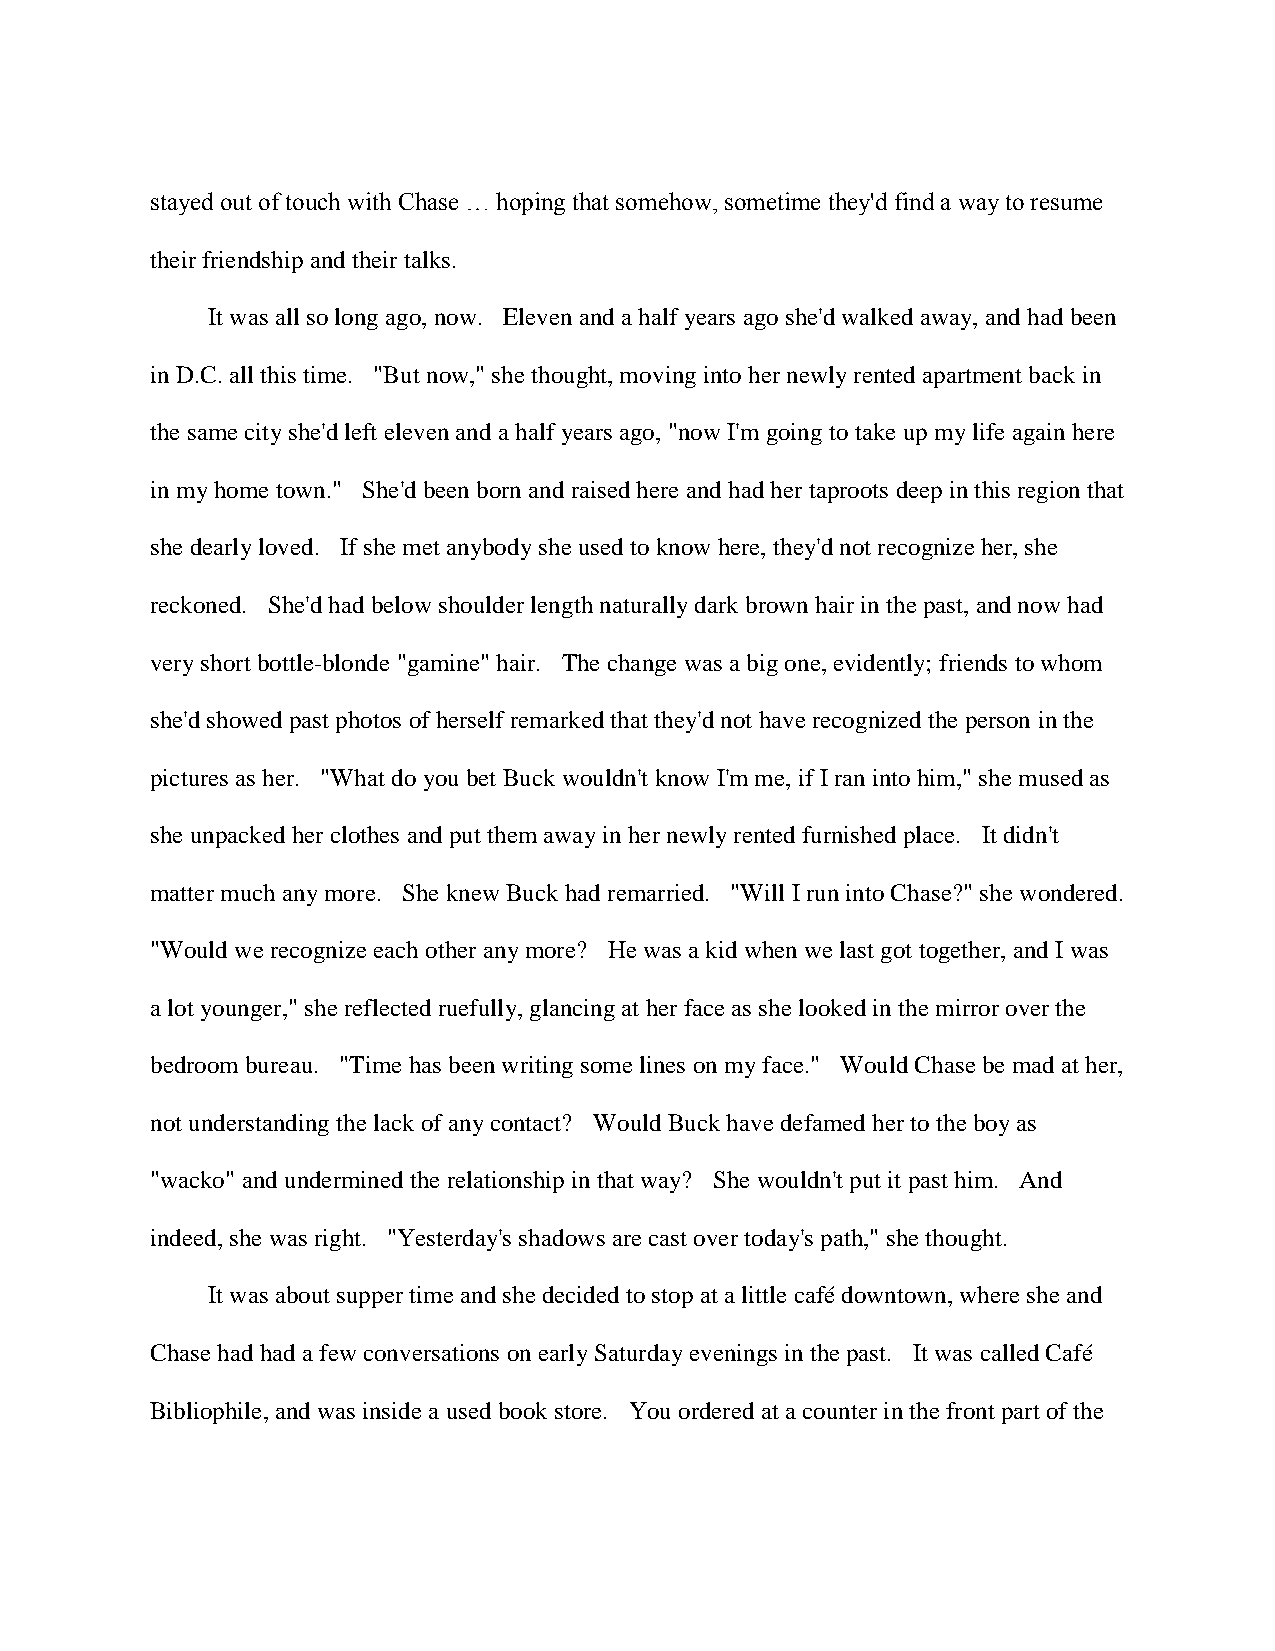
stayed out of touch with Chase … hoping that somehow, sometime they'd find a way to resume
 their friendship and their talks.
 It was all so long ago, now. Eleven and a half years ago she'd walked away, and had been
 in D.C. all this time. "But now," she thought, moving into her newly rented apartment back in
 the same city she'd left eleven and a half years ago, "now I'm going to take up my life again here
 in my home town." She'd been born and raised here and had her taproots deep in this region that
 she dearly loved. If she met anybody she used to know here, they'd not recognize her, she
 reckoned. She'd had below shoulder length naturally dark brown hair in the past, and now had
 very short bottle-blonde "gamine" hair. The change was a big one, evidently; friends to whom
 she'd showed past photos of herself remarked that they'd not have recognized the person in the
 pictures as her. "What do you bet Buck wouldn't know I'm me, if I ran into him," she mused as
 she unpacked her clothes and put them away in her newly rented furnished place. It didn't
 matter much any more. She knew Buck had remarried. "Will I run into Chase?" she wondered.
 "Would we recognize each other any more? He was a kid when we last got together, and I was
 a lot younger," she reflected ruefully, glancing at her face as she looked in the mirror over the
 bedroom bureau. "Time has been writing some lines on my face." Would Chase be mad at her,
 not understanding the lack of any contact? Would Buck have defamed her to the boy as
 "wacko" and undermined the relationship in that way? She wouldn't put it past him. And
 indeed, she was right. "Yesterday's shadows are cast over today's path," she thought.
 It was about supper time and she decided to stop at a little café downtown, where she and
 Chase had had a few conversations on early Saturday evenings in the past. It was called Café
 Bibliophile, and was inside a used book store. You ordered at a counter in the front part of the